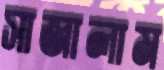
সাজালাম